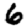
Digit: 6